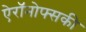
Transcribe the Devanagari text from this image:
ऐरॉनोफ्सकी